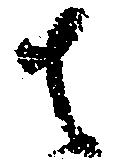
者